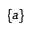
\{ a \}